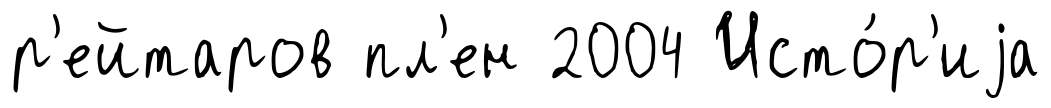
р'ейтаров пл'ен 2004 Исто́р'иjа